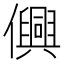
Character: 𫤂